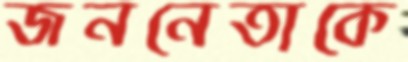
জননেতাকে